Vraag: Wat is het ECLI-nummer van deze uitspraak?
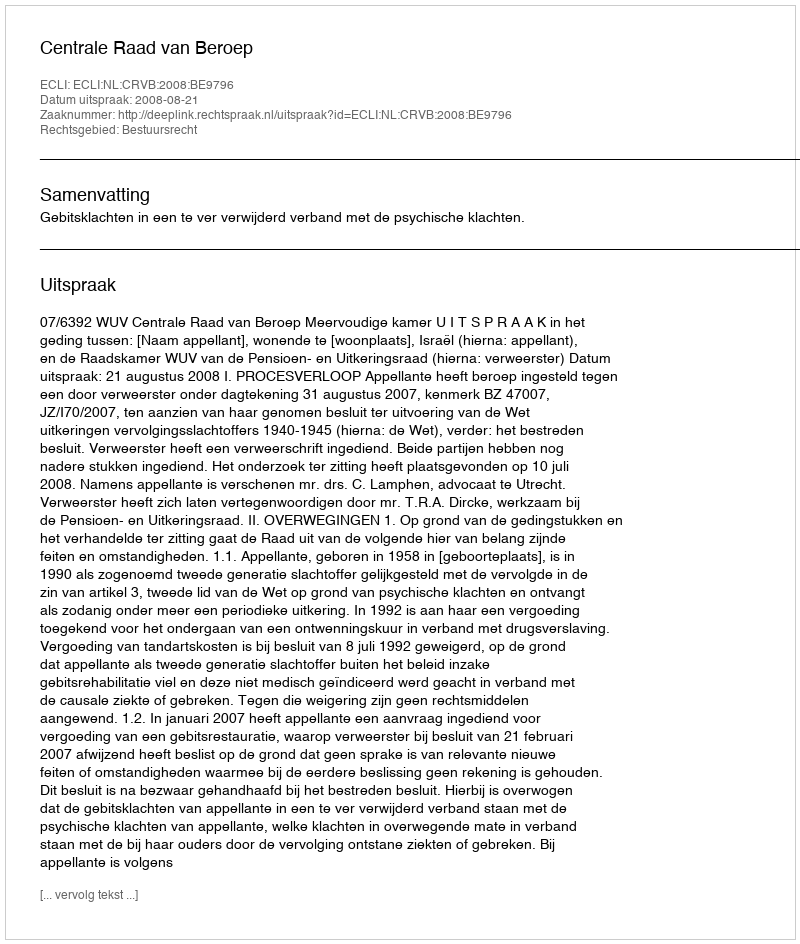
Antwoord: ECLI:NL:CRVB:2008:BE9796